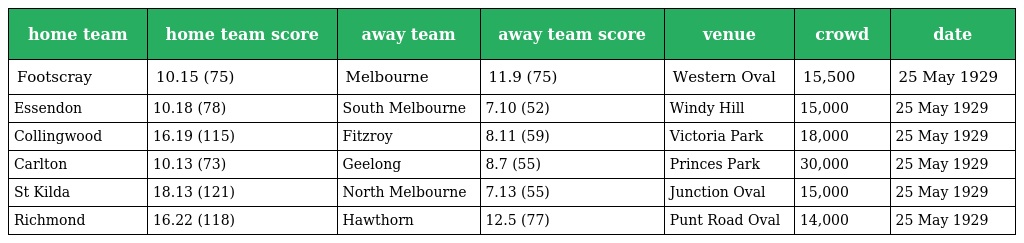
| home team | home team score | away team | away team score | venue | crowd | date |
 | --- | --- | --- | --- | --- | --- | --- |
 | Footscray | 10.15 (75) | Melbourne | 11.9 (75) | Western Oval | 15,500 | 25 May 1929 |
 | Essendon | 10.18 (78) | South Melbourne | 7.10 (52) | Windy Hill | 15,000 | 25 May 1929 |
 | Collingwood | 16.19 (115) | Fitzroy | 8.11 (59) | Victoria Park | 18,000 | 25 May 1929 |
 | Carlton | 10.13 (73) | Geelong | 8.7 (55) | Princes Park | 30,000 | 25 May 1929 |
 | St Kilda | 18.13 (121) | North Melbourne | 7.13 (55) | Junction Oval | 15,000 | 25 May 1929 |
 | Richmond | 16.22 (118) | Hawthorn | 12.5 (77) | Punt Road Oval | 14,000 | 25 May 1929 |